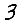
Digit: 3